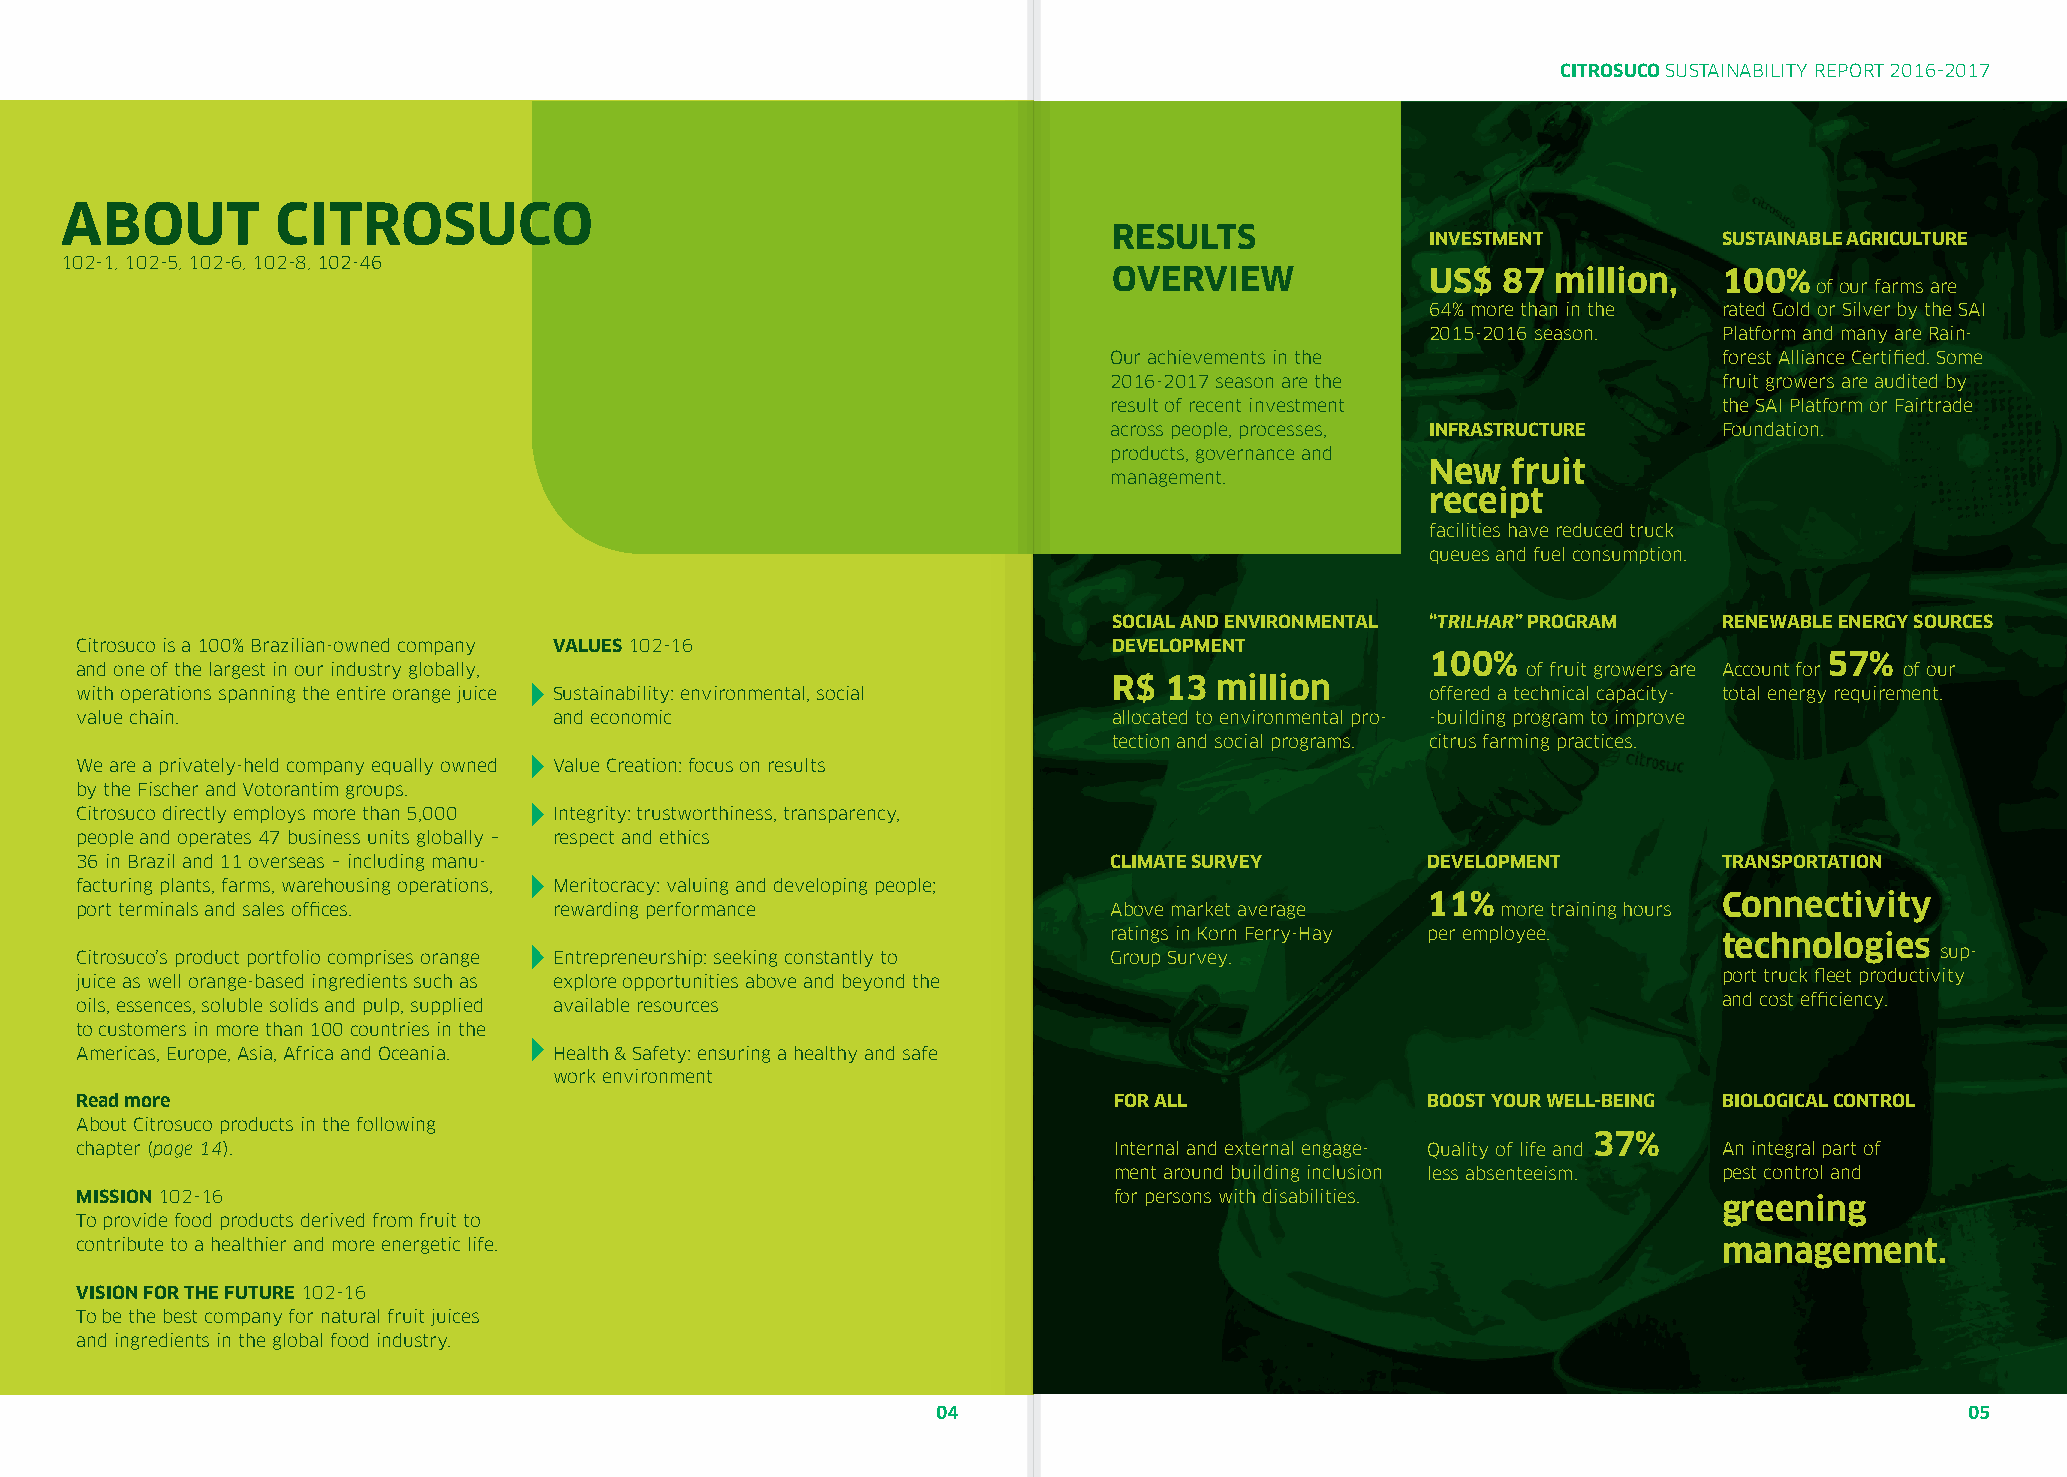
CITROSUCO SUSTAINABILITY REPORT 2016-2017
 ABOUT         CITROSUCO
 RESULTS
 INVESTMENT         SUSTAINABLE AGRICULTURE
 102-1, 102-5, 102-6, 102-8, 102-46
 OVERVIEW             US$ 87  million,   100%
 of our farms are
 64% more than in the rated Gold or Silver by the SAI
 2015-2016 season.  Platform and many are Rain-
 Our achievements in the                 forest Alliance Certified. Some
 2016-2017 season are the                fruit growers are audited by
 result of recent investment             the SAI Platform or Fairtrade
 across people, processes, INFRASTRUCTURE Foundation.
 products, governance and
 New  fruit
 management.
 receipt
 facilities have reduced truck
 queues and fuel consumption.
 SOCIAL AND ENVIRONMENTAL “TRILHAR” PROGRAM RENEWABLE ENERGY SOURCES
 Citrosuco is a 100% Brazilian-owned company VALUES 102-16            DEVELOPMENT
 100%                      57%
 and one of the largest in our industry globally,                                                of fruit growers are Account for of our
 R$ 13  million
 with operations spanning the entire orange juice Sustainability: environmental, social    offered a technical capacity- total energy requirement.
 value chain.                    and economic                         allocated to environmental pro- -building program to improve
 tection and social programs. citrus farming practices.
 We are a privately-held company equally owned Value Creation: focus on results
 by the Fischer and Votorantim groups.
 Citrosuco directly employs more than 5,000 Integrity: trustworthiness, transparency,
 people and operates 47 business units globally – respect and ethics
 36 in Brazil and 11 overseas – including manu-                       CLIMATE SURVEY      DEVELOPMENT         TRANSPORTATION
 facturing plants, farms, warehousing operations, Meritocracy: valuing and developing people;
 11%                 Connectivity
 port terminals and sales offices. rewarding performance              Above market average     more training hours
 ratings in Korn Ferry-Hay per employee.
 technologies
 Citrosuco’s product portfolio comprises orange Entrepreneurship: seeking constantly to Group Survey.                       sup-
 juice as well orange-based ingredients such as explore opportunities above and beyond the                    port truck fleet productivity
 oils, essences, soluble solids and pulp, supplied available resources                                        and cost efficiency.
 to customers in more than 100 countries in the
 Americas, Europe, Asia, Africa and Oceania. Health & Safety: ensuring a healthy and safe
 work environment
 Read more                                                            FOR ALL             BOOST YOUR WELL-BEING BIOLOGICAL CONTROL
 About Citrosuco products in the following
 37%
 chapter (page 14).                                                   Internal and external engage- Quality of life and An integral part of
 ment around building inclusion less absenteeism. pest control and
 MISSION 102-16                                                       for persons with disabilities.          greening
 To provide food products derived from fruit to
 contribute to a healthier and more energetic life.                                                           management.
 VISION FOR THE FUTURE 102-16
 To be the best company for natural fruit juices
 and ingredients in the global food industry.
 04                                                                  05